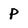
Character: P